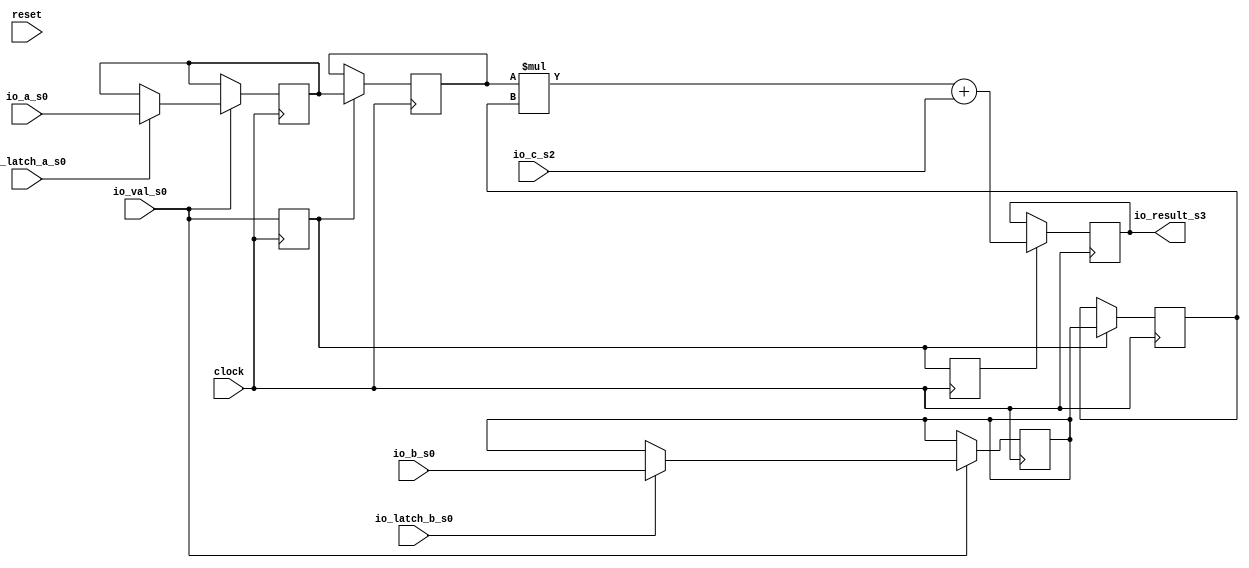
module Mul54(
  input          clock,
  input          reset,
  input          io_val_s0,
  input          io_latch_a_s0,
  input  [53:0]  io_a_s0,
  input          io_latch_b_s0,
  input  [53:0]  io_b_s0,
  input  [104:0] io_c_s2,
  output [104:0] io_result_s3
);
`ifdef RANDOMIZE_REG_INIT
  reg [31:0] _RAND_0;
  reg [31:0] _RAND_1;
  reg [63:0] _RAND_2;
  reg [63:0] _RAND_3;
  reg [63:0] _RAND_4;
  reg [63:0] _RAND_5;
  reg [127:0] _RAND_6;
`endif // RANDOMIZE_REG_INIT
  reg  val_s1; // @[DivSqrtRecF64.scala 134:21]
  reg  val_s2; // @[DivSqrtRecF64.scala 135:21]
  reg [53:0] reg_a_s1; // @[DivSqrtRecF64.scala 136:23]
  reg [53:0] reg_b_s1; // @[DivSqrtRecF64.scala 137:23]
  reg [53:0] reg_a_s2; // @[DivSqrtRecF64.scala 138:23]
  reg [53:0] reg_b_s2; // @[DivSqrtRecF64.scala 139:23]
  reg [104:0] reg_result_s3; // @[DivSqrtRecF64.scala 140:28]
  wire [107:0] _reg_result_s3_T = reg_a_s2 * reg_b_s2; // @[DivSqrtRecF64.scala 160:36]
  wire [104:0] _reg_result_s3_T_3 = _reg_result_s3_T[104:0] + io_c_s2; // @[DivSqrtRecF64.scala 160:55]
  assign io_result_s3 = reg_result_s3; // @[DivSqrtRecF64.scala 163:18]
  always @(posedge clock) begin
    val_s1 <= io_val_s0; // @[DivSqrtRecF64.scala 142:12]
    val_s2 <= val_s1; // @[DivSqrtRecF64.scala 143:12]
    if (io_val_s0) begin // @[DivSqrtRecF64.scala 145:22]
      if (io_latch_a_s0) begin // @[DivSqrtRecF64.scala 146:30]
        reg_a_s1 <= io_a_s0; // @[DivSqrtRecF64.scala 147:22]
      end
    end
    if (io_val_s0) begin // @[DivSqrtRecF64.scala 145:22]
      if (io_latch_b_s0) begin // @[DivSqrtRecF64.scala 149:30]
        reg_b_s1 <= io_b_s0; // @[DivSqrtRecF64.scala 150:22]
      end
    end
    if (val_s1) begin // @[DivSqrtRecF64.scala 154:19]
      reg_a_s2 <= reg_a_s1; // @[DivSqrtRecF64.scala 155:18]
    end
    if (val_s1) begin // @[DivSqrtRecF64.scala 154:19]
      reg_b_s2 <= reg_b_s1; // @[DivSqrtRecF64.scala 156:18]
    end
    if (val_s2) begin // @[DivSqrtRecF64.scala 159:19]
      reg_result_s3 <= _reg_result_s3_T_3; // @[DivSqrtRecF64.scala 160:23]
    end
  end
// Register and memory initialization
`ifdef RANDOMIZE_GARBAGE_ASSIGN
`define RANDOMIZE
`endif
`ifdef RANDOMIZE_INVALID_ASSIGN
`define RANDOMIZE
`endif
`ifdef RANDOMIZE_REG_INIT
`define RANDOMIZE
`endif
`ifdef RANDOMIZE_MEM_INIT
`define RANDOMIZE
`endif
`ifndef RANDOM
`define RANDOM $random
`endif
`ifdef RANDOMIZE_MEM_INIT
  integer initvar;
`endif
`ifndef SYNTHESIS
`ifdef FIRRTL_BEFORE_INITIAL
`FIRRTL_BEFORE_INITIAL
`endif
initial begin
  `ifdef RANDOMIZE
    `ifdef INIT_RANDOM
      `INIT_RANDOM
    `endif
    `ifndef VERILATOR
      `ifdef RANDOMIZE_DELAY
        #`RANDOMIZE_DELAY begin end
      `else
        #0.002 begin end
      `endif
    `endif
`ifdef RANDOMIZE_REG_INIT
  _RAND_0 = {1{`RANDOM}};
  val_s1 = _RAND_0[0:0];
  _RAND_1 = {1{`RANDOM}};
  val_s2 = _RAND_1[0:0];
  _RAND_2 = {2{`RANDOM}};
  reg_a_s1 = _RAND_2[53:0];
  _RAND_3 = {2{`RANDOM}};
  reg_b_s1 = _RAND_3[53:0];
  _RAND_4 = {2{`RANDOM}};
  reg_a_s2 = _RAND_4[53:0];
  _RAND_5 = {2{`RANDOM}};
  reg_b_s2 = _RAND_5[53:0];
  _RAND_6 = {4{`RANDOM}};
  reg_result_s3 = _RAND_6[104:0];
`endif // RANDOMIZE_REG_INIT
  `endif // RANDOMIZE
end // initial
`ifdef FIRRTL_AFTER_INITIAL
`FIRRTL_AFTER_INITIAL
`endif
`endif // SYNTHESIS
endmodule